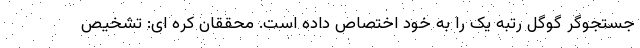
جستجوگر گوگل رتبه یک را به خود اختصاص داده است. محققان کره ای: تشخیص